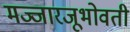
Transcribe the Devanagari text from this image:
मज्जारजूभोवती